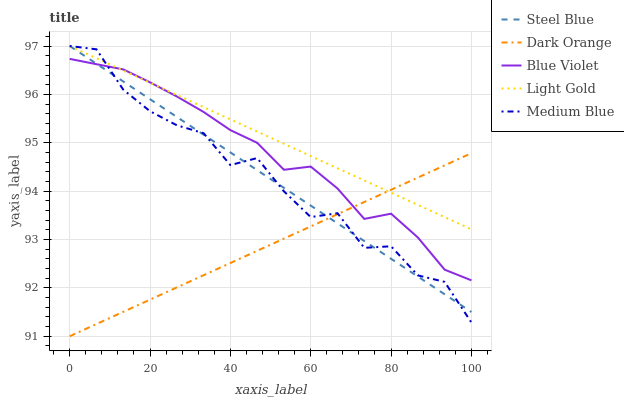
| xaxis_label | Steel Blue | Dark Orange | Blue Violet | Light Gold | Medium Blue |
 | --- | --- | --- | --- | --- | --- |
 | 0 | 97 | 91 | 96.7 | 97 | 97 |
 | 6.67 | 96.6 | 91.3 | 96.6 | 96.7 | 96.9 |
 | 13.3 | 96.3 | 91.5 | 96.5 | 96.5 | 96.1 |
 | 20 | 95.9 | 91.8 | 96.2 | 96.2 | 95.7 |
 | 26.7 | 95.5 | 92 | 96 | 96 | 95.4 |
 | 33.3 | 95.2 | 92.3 | 95.6 | 95.7 | 95.2 |
 | 40 | 94.8 | 92.5 | 95.3 | 95.5 | 94.5 |
 | 46.7 | 94.4 | 92.8 | 95 | 95.2 | 94.7 |
 | 53.3 | 94.1 | 93 | 94.4 | 95 | 94 |
 | 60 | 93.7 | 93.3 | 94.5 | 94.7 | 93.5 |
 | 66.7 | 93.3 | 93.5 | 94.1 | 94.5 | 93.5 |
 | 73.3 | 93 | 93.8 | 93.4 | 94.2 | 92.8 |
 | 80 | 92.6 | 94 | 93.5 | 94 | 92.9 |
 | 86.7 | 92.2 | 94.3 | 93 | 93.7 | 92.3 |
 | 93.3 | 91.9 | 94.5 | 92.4 | 93.5 | 92.1 |
 | 100 | 91.5 | 94.8 | 92.2 | 93.2 | 91.3 |